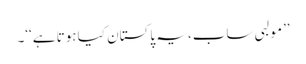
’’مولبی ساب، یہ پاکستان کیا ہوتا ہے‘‘۔